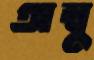
অম্বু